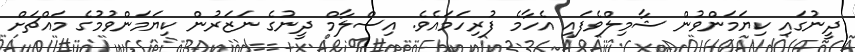
ދީނުގައި ކިޔަމަންވުން ޝާމިލްވެފައި އެހާމެ ފުރިހަމައެވެ. އިސްލާމް ދީނުގެ ނަޒަރުން ކިޔަމަންވުމުގެ މައްޗަށް